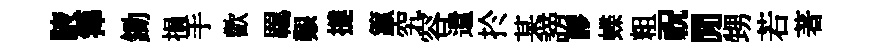
腋籜鋤損手歡羈艱撻籯究容遣扵某謗謬蝶粗祝閒甥若著